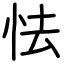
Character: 怯